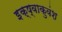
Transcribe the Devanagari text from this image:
इक्ष्वाकुवंश